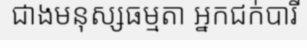
ជាងមនុស្សធម្មតា អ្នកជក់បារី